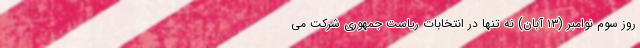
روز سوم نوامبر (۱۳ آبان) نه تنها در انتخابات ریاست جمهوری شرکت می